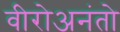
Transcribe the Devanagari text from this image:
वीरोअनंतो